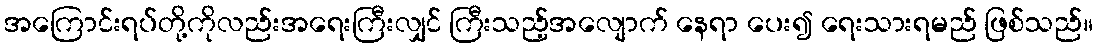
အကြောင်းရပ်တို့ကိုလည်းအရေးကြီးလျှင် ကြီးသည့်အလျောက် နေရာ ပေး၍ ရေးသားရမည် ဖြစ်သည်။